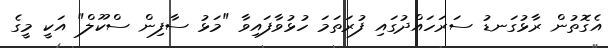
އެގޮތުން ރާޅުގަނޑު ސަރަހައްދުގައި ފުރަތަމަ ހުޅުވާފައިވާ "މަޅު ސާފިން ސްކޫލް" އަކީ މީގެ